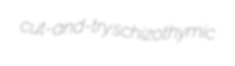
cut-and-try schizothymic